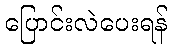
ပြောင်းလဲပေးရန်